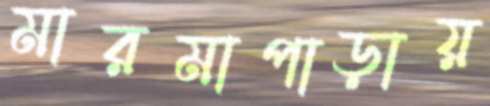
মারমাপাড়ায়